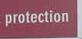
protection